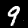
Digit: 9